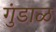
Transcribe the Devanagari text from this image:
गुंडाळ